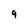
Character: 9